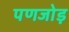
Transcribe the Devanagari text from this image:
पणजोड़